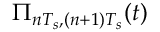
\Pi _ { n T _ { s } , ( n + 1 ) T _ { s } } ( t )